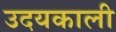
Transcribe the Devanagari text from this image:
उदयकाली